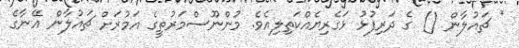
* ޗައުލާން () ގެ ދަރިފުޅު ޅަގެރިޔެއްކަތިލިއެވެ. މުންނޫސްމަރުތީގެ އަމުރަށް ޗައުލާން އޭނާގެ